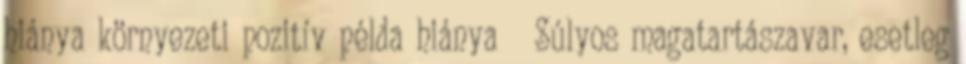
hiánya környezeti pozitív példa hiánya  Súlyos magatartászavar, esetleg